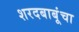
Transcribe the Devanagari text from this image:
शरदबाबूंचा